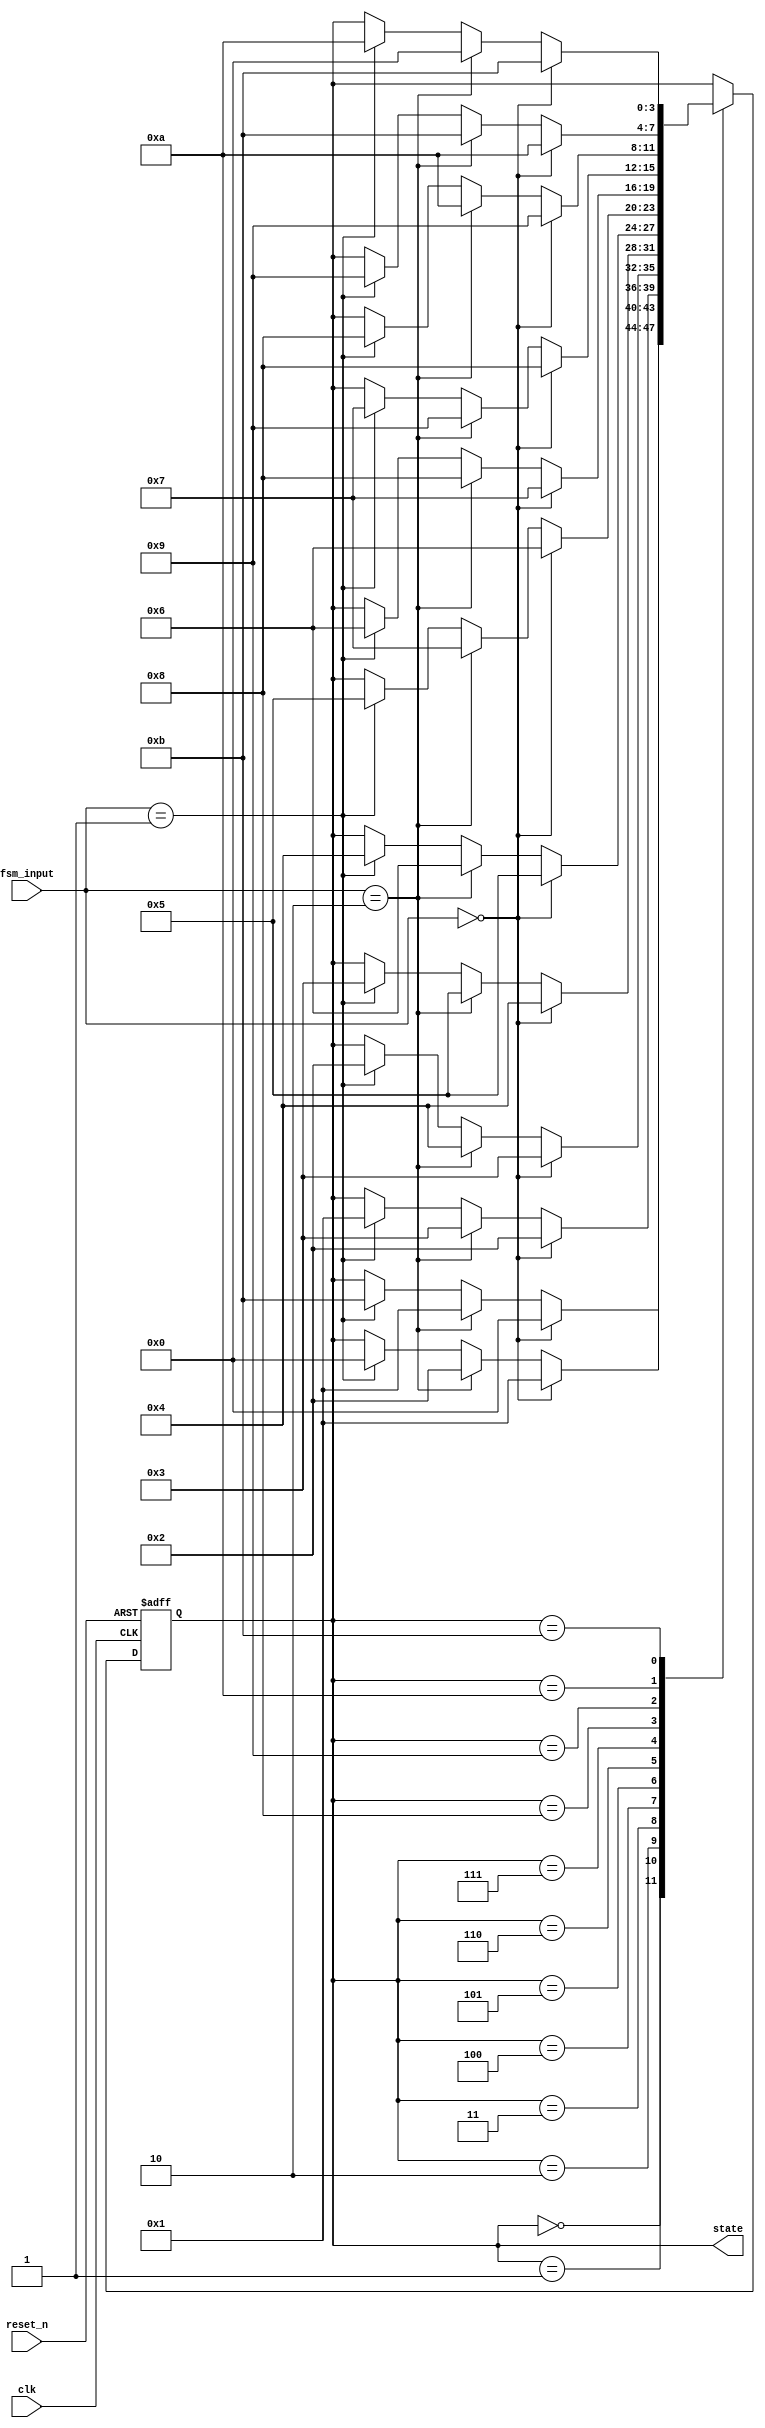
// fsm machine design
// input logic 00, 01, 10, 11
// output S0 (0000), S1 (0001), ... S11(1011)

module statefsm(
    input wire clk,
    input wire reset_n,
    input wire [1:0] fsm_input,
    output reg [3:0] state
);
    // State definition
    parameter S0 = 4'b0000; 
    parameter S1 = 4'b0001;
    parameter S2 = 4'b0010;
    parameter S3 = 4'b0011;
    parameter S4 = 4'b0100;
    parameter S5 = 4'b0101;
    parameter S6 = 4'b0110;
    parameter S7 = 4'b0111;
    parameter S8 = 4'b1000;
    parameter S9 = 4'b1001;
    parameter S10 = 4'b1010;
    parameter S11 = 4'b1011;


    always @ (negedge clk or negedge reset_n) begin
        if (!reset_n) begin
            state <= S0; // init to S0 on reset
        end
        else begin
            case (state)
            S0: begin
                if(fsm_input == 2'b00) // do nothing
                    state <= S0;
                else if(fsm_input == 2'b10) // next state
                    state <= S1;
                else if(fsm_input == 2'b01) // prev state
                    state <= S11;
                // else dont care
            end
            S1: begin
                if(fsm_input == 2'b00) // do nothing
                    state <= S1;
                else if(fsm_input == 2'b10) // next state
                    state <= S2;
                else if(fsm_input == 2'b01) // prev state
                    state <= S0;
                // else dont care
            end
            S2: begin
                if(fsm_input == 2'b00) // do nothing
                    state <= S2;
                else if(fsm_input == 2'b10) // next state
                    state <= S3;
                else if(fsm_input == 2'b01) // prev state
                    state <= S1;
                // else dont care
            end
            S3: begin
                if(fsm_input == 2'b00) // do nothing
                    state <= S3;
                else if(fsm_input == 2'b10) // next state
                    state <= S4;
                else if(fsm_input == 2'b01) // prev state
                    state <= S2;
                // else dont care
            end
            S4: begin
                if(fsm_input == 2'b00) // do nothing
                    state <= S4;
                else if(fsm_input == 2'b10) // next state
                    state <= S5;
                else if(fsm_input == 2'b01) // prev state
                    state <= S3;
                // else dont care
            end
            S5: begin
                if(fsm_input == 2'b00) // do nothing
                    state <= S5;
                else if(fsm_input == 2'b10) // next state
                    state <= S6;
                else if(fsm_input == 2'b01) // prev state
                    state <= S4;
                // else dont care
            end
            S6: begin
                if(fsm_input == 2'b00) // do nothing
                    state <= S6;
                else if(fsm_input == 2'b10) // next state
                    state <= S7;
                else if(fsm_input == 2'b01) // prev state
                    state <= S5;
                // else dont care
            end
            S7: begin
                if(fsm_input == 2'b00) // do nothing
                    state <= S7;
                else if(fsm_input == 2'b10) // next state
                    state <= S8;
                else if(fsm_input == 2'b01) // prev state
                    state <= S6;
                // else dont care
            end
            S8: begin
                if(fsm_input == 2'b00) // do nothing
                    state <= S8;
                else if(fsm_input == 2'b10) // next state
                    state <= S9;
                else if(fsm_input == 2'b01) // prev state
                    state <= S7;
                // else dont care
            end
            S9: begin
                if(fsm_input == 2'b00) // do nothing
                    state <= S9;
                else if(fsm_input == 2'b10) // next state
                    state <= S10;
                else if(fsm_input == 2'b01) // prev state
                    state <= S8;
                // else dont care
            end
            S10: begin
                if(fsm_input == 2'b00) // do nothing
                    state <= S10;
                else if(fsm_input == 2'b10) // next state
                    state <= S11;
                else if(fsm_input == 2'b01) // prev state
                    state <= S9;
                // else dont care
            end
            S11: begin
                if(fsm_input == 2'b00) // do nothing
                    state <= S11;
                else if(fsm_input == 2'b10) // next state
                    state <= S0;
                else if(fsm_input == 2'b01) // prev state
                    state <= S10;
                // else dont care
            end
            endcase
        end
    end
endmodule